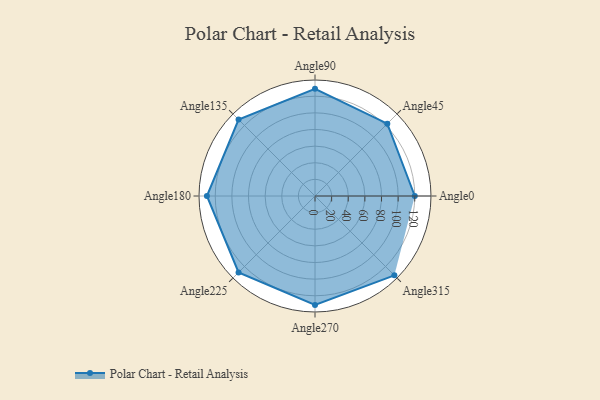
{"axis": {"x": "Angle", "y": "Radius"}, "legend": [""], "data": [{"x": "Angle0", "y": 120.0, "type": ""}, {"x": "Angle45", "y": 123.0, "type": ""}, {"x": "Angle90", "y": 129.0, "type": ""}, {"x": "Angle135", "y": 130.0, "type": ""}, {"x": "Angle180", "y": 130.0, "type": ""}, {"x": "Angle225", "y": 130.0, "type": ""}, {"x": "Angle270", "y": 131.0, "type": ""}, {"x": "Angle315", "y": 135.0, "type": ""}]}